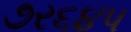
૭ર૬૪પ